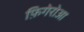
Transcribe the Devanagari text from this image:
फ़िगेरोआ